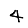
Digit: 4